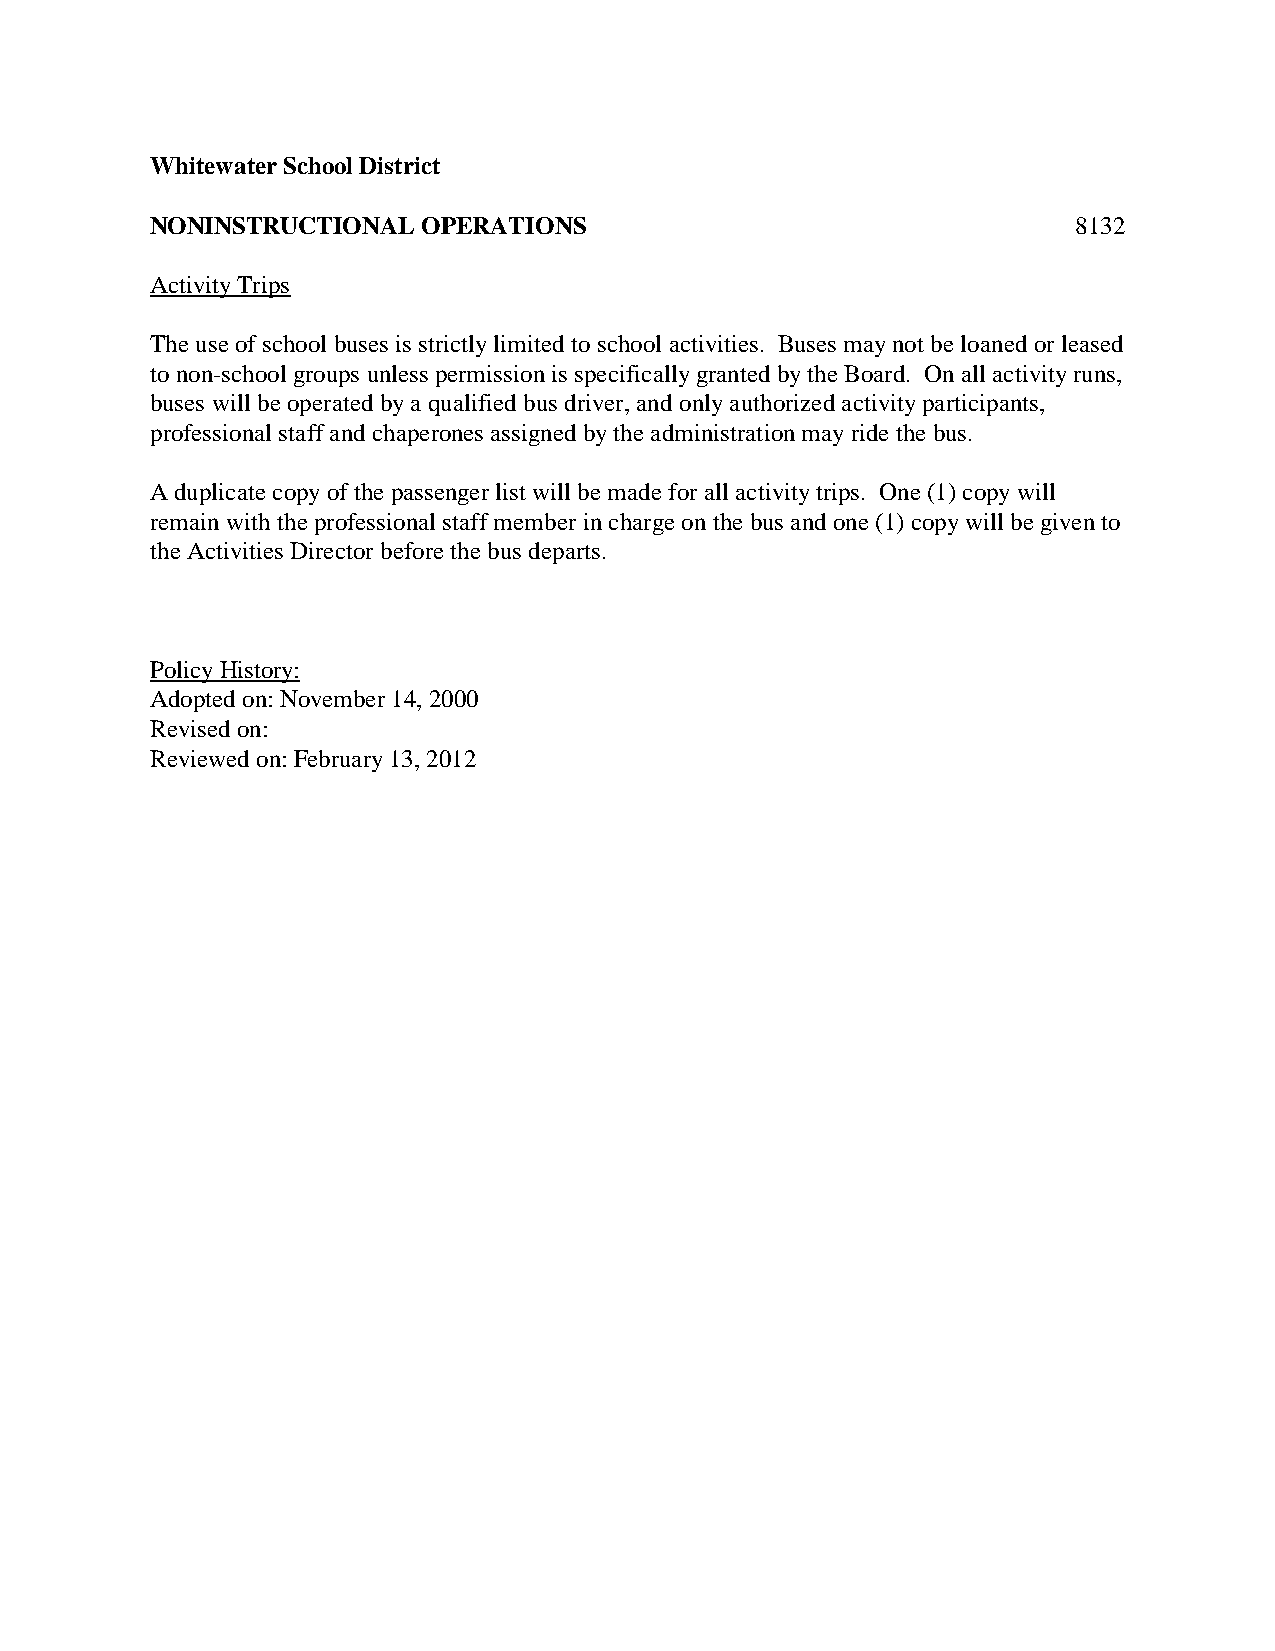
Whitewater School District
 NONINSTRUCTIONAL  OPERATIONS                                 8132
 Activity Trips
 The use of school buses is strictly limited to school activities. Buses may not be loaned or leased
 to non-school groups unless permission is specifically granted by the Board. On all activity runs,
 buses will be operated by a qualified bus driver, and only authorized activity participants,
 professional staff and chaperones assigned by the administration may ride the bus.
 A duplicate copy of the passenger list will be made for all activity trips. One (1) copy will
 remain with the professional staff member in charge on the bus and one (1) copy will be given to
 the Activities Director before the bus departs.
 Policy History:
 Adopted on: November 14, 2000
 Revised on:
 Reviewed on: February 13, 2012